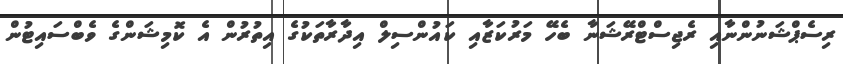
ރިސެޕްޝަނުންނާއި ރެޖިސްޓްރޭޝަނާ ބެހޭ މަރުކަޒާއި ކައުންސިލް އިދާރާތަކުގެ އިތުރުން އެ ކޮމިޝަންގެ ވެބްސައިޓުން